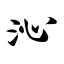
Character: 沁